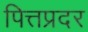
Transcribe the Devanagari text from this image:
पित्तप्रदर